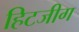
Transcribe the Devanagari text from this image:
हिटजीग